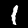
Label: 1